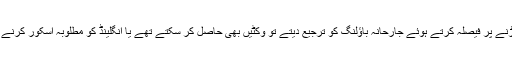
اگر اظہر علی اُنھیں اسکور پڑنے پر فیصلہ کرتے ہوئے جارحانہ باؤلنگ کو ترجیع دیتے تو وکٹیں بھی حاصل کر سکتے تھے یا انگلینڈ کو مطلوبہ اسکور کرنے سے بھی روک سکتے تھے۔